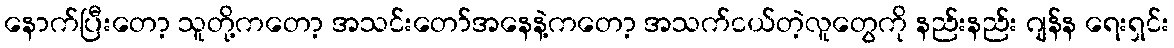
နောက်ပြီးတော့ သူတို့ကတော့ အသင်းတော်အနေနဲ့ကတော့ အသက်ငယ်တဲ့လူတွေကို နည်းနည်း ဂျန်န ရေးရှင်း